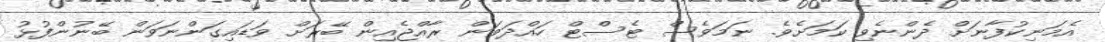
އެމަނިކުފާނަށް ދެންނެވި ކަމަށެވެ. ނަމަވެސް ޓެސްޓް ހައްދަވަން ރާއްޖެއިން ބޭރަށް ވަޑައިގަންނަވަން ބޭނުންފުޅު